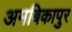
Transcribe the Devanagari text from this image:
अमबिकापुर